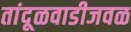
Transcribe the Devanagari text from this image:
तांदूळवाडीजवळ